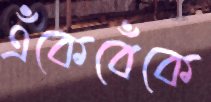
এঁকেবেঁকে